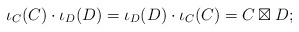
\begin{align*}\iota_C(C)\cdot \iota_D(D) =\iota_D(D)\cdot \iota_C(C) =C \boxtimes D;\end{align*}